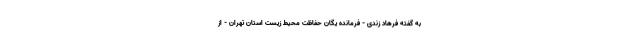
به گفته فرهاد زندی - فرمانده یگان حفاظت محیط زیست استان تهران - از